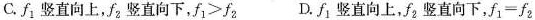
C.f_{1}竖直向上，f_{2}竖直向下，$$f _ {1} > f _ {2}$$ D.f_{2}竖直向上，f_{2}竖直向下，$$f _ { 1 } = f _ { 2 }$$